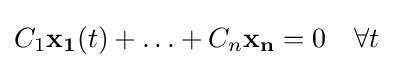
C_{1}\mathbf {x_{1}} (t)+\ldots +C_{n}\mathbf {x_{n}} =0\quad \forall t